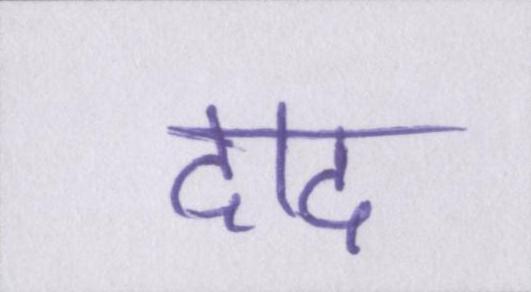
दाद